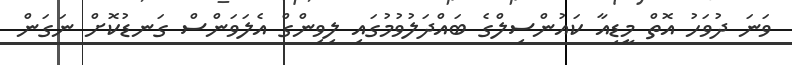
ވަނަ ދުވަހު އޮތް މީޑިއާ ކައުންސިލްގެ ބައްދަލުވުމުގައި ލިވިންގް އެލަވަންސް ގަނޑުކޮށް ނަގަން